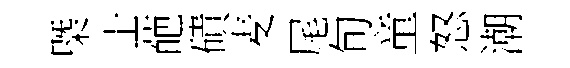
㮣士葩磧麦尾旬童怒潮